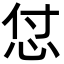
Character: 怤